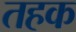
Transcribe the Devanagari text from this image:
तहक